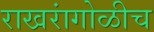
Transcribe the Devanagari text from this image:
राखरांगोळीच